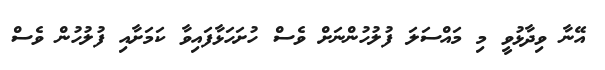
އޭނާ ވިދާޅުވީ މި މައްސަލަ ފުލުހުންނަށް ވެސް ހުށަހަޅާފައިވާ ކަމަށާއި ފުލުހުން ވެސް